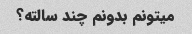
میتونم بدونم چند سالته؟